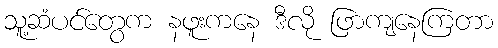
သူ့ဆံပင်တွေက နဖူးကနေ ဒီလို ဖြာကျနေကြတာ